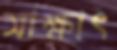
সাক্ষাৎ